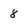
Character: 8